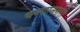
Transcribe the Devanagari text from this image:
चम्पानगरी